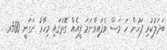
ބަދަލުކުރި ފަހުން ހަ މަސް ވެފައިވާނަމަ ފީއެއް ގޮތުގައި މިހާރު ނަގަނީ 500ރ.